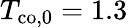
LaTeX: T_{\mathrm{co},0}=1.3